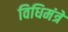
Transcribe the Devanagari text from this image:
विधिमंत्रे